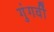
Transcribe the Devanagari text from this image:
गुंगवीं